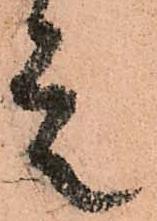
是